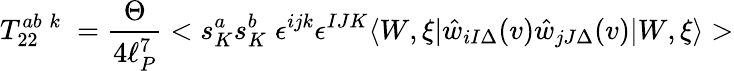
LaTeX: T_{22}^{ab\; k}\; =\frac{\Theta}{4\ell_{P}^{7}}<s_{K}^{a}s_{K}^{b}\; \epsilon^{ijk}\epsilon^{IJK}\langle W,\xi|\hat{w}_{iI\Delta}(v)\hat{w}_{jJ\Delta}(v)|W,\xi\rangle>